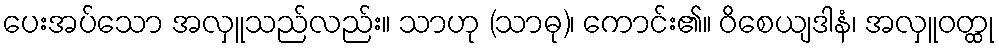
ပေးအပ်သော အလှူသည်လည်း။ သာဟု (သာဓု)၊ ကောင်း၏။ ဝိစေယျဒါနံ၊ အလှူဝတ္ထု